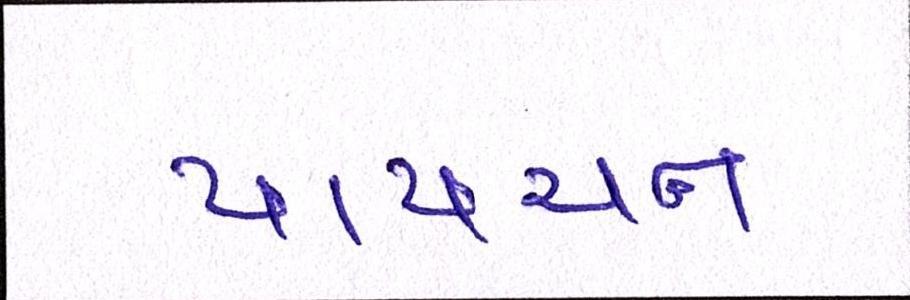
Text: પાપચન